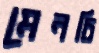
মেনচি